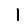
Digit: 1